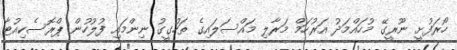
ހޯރަފުށީ ނޫރީގޭ މުހައްމަދު އަރުހަމް މަރާލި މައްސަލައިގެ ތަހުގީގު ނިންމައި ފުލުހުން ޕްރޮސެކިއުޓާ